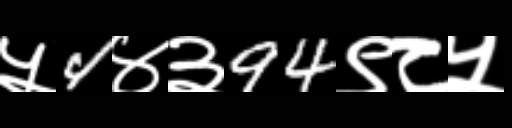
Text: ५4४३94९८५